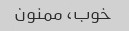
خوب، ممنون